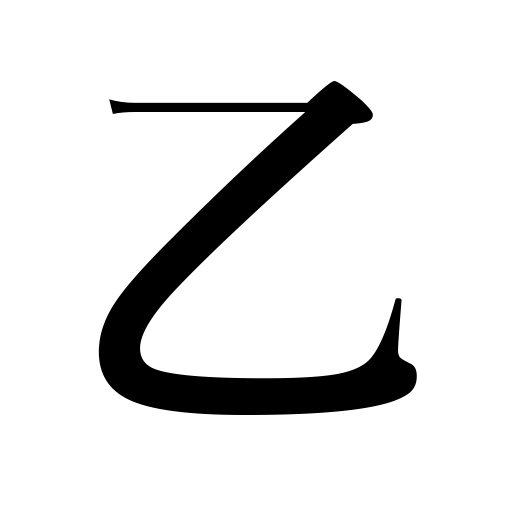
Meanings: the latter,second,duplicate,B